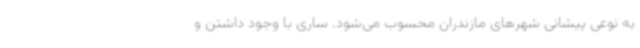
به نوعی پیشانی شهرهای مازندران محسوب می‌شود. ساری با وجود داشتن و